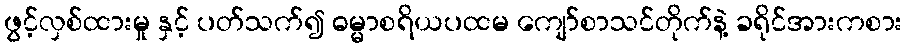
ဖွင့်လှစ်ထားမှု နှင့် ပတ်သက်၍ ဓမ္မာစရိယပထမ ကျော်စာသင်တိုက်နဲ့ ခရိုင်အားကစား